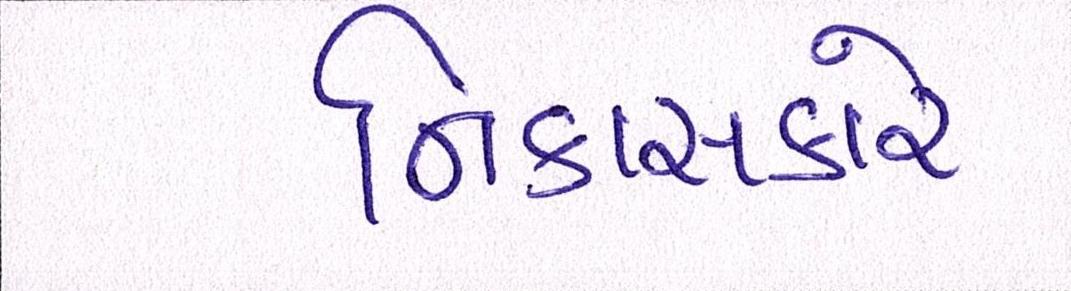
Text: નિકાસકારે